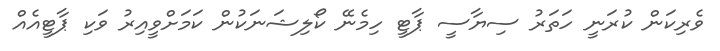
ވެރިކަން ކުރަނީ ހަތަރު ސިޔާސީ ޕާޓީ ހިމެނޭ ކޯލިޝަނަކުން ކަމަށްވީއިރު ވަކި ޕާޓީއެއް